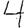
Digit: 4